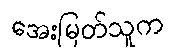
အေးမြတ်သူက